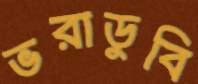
ভরাডুবি